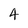
Character: 4